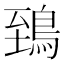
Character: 鵄